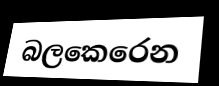
බලකෙරෙන